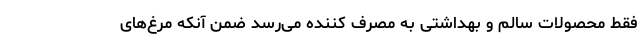
فقط محصولات سالم و بهداشتی به مصرف کننده می‌رسد ضمن آنکه مرغ‌های